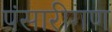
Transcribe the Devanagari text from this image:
पंसारीगण